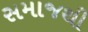
સમાજથી